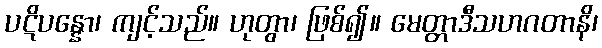
ပဋိပန္နော၊ ကျင့်သည်။ ဟုတွာ၊ ဖြစ်၍။ မေတ္တာဒီသဟဂတာနိ၊